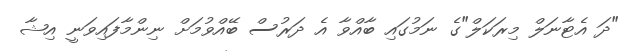
"ދަ އެޓާނަލް މިރަކަލް"ގެ ނަމުގައި ބާއްވާ އެ ދަރުސް ބޭއްވުމަށް ނިންމާފައިވަނީ އިޝާ